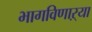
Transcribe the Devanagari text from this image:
भागविणाऱ्या